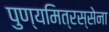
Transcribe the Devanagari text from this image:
पुण्यमित्रस्सेना